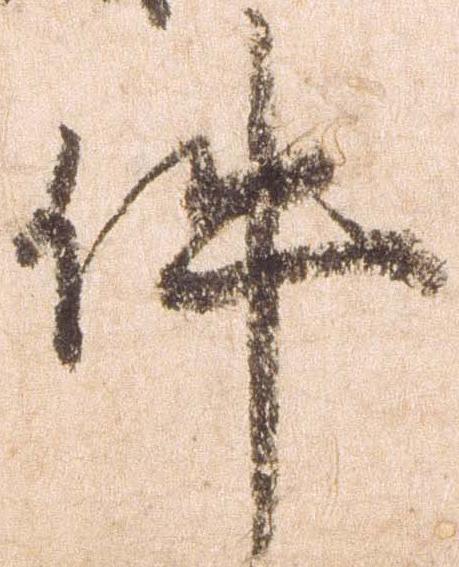
件